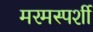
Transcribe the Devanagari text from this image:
मरमस्पर्शी